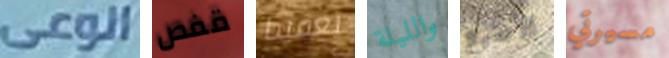
الوعى قفص تعقيدا والليلة الأصبع مسيرتي